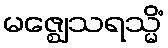
မဇ္ဈေသရသ္မိံ